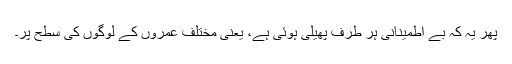
پھر یہ کہ بے اطمینانی ہر طرف پھیلی ہوئی ہے، یعنی مختلف عمروں کے لوگوں کی سطح پر۔